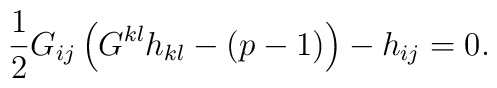
\frac{1}{2}G_{ij}\left(G^{kl}h_{kl}-(p-1)\right)-h_{ij}=0.